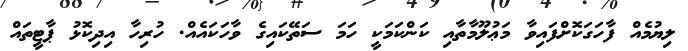
ލިޔުމެއް ފާހަގަކޮށްފައިވާ މަޢުލޫމާތާއި ކަންކަމަކީ ހަމަ ސަތޭކައިގެ ވާހަކައެއް. ހުރިހާ އިދިކޮޅު ޕާޓީތައް